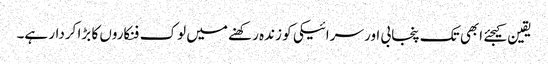
یقین کیجئے ابھی تک پنجابی اور سرائیکی کو زندہ رکھنے میں لوک فنکاروں کا بڑا کردار ہے۔